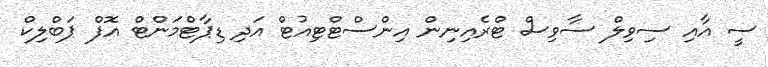
ސީ އާއި ސިވިލް ސާވިސް ޓްރެއިނިން އިންސްޓްޓިއުޓް އަދި ޑިޕާޓްމަންޓް އޮފް ޕަބްލިކް